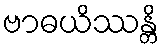
ဗာဓယိဿန္တိ